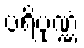
ပရိပုဏ္ဏံ